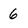
Character: 6